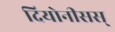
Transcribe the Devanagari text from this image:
दियोनीसस्